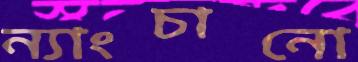
ন্যাংচানো